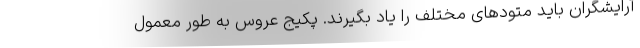
آرایشگران باید متودهای مختلف را یاد بگیرند. پکیج عروس به طور معمول